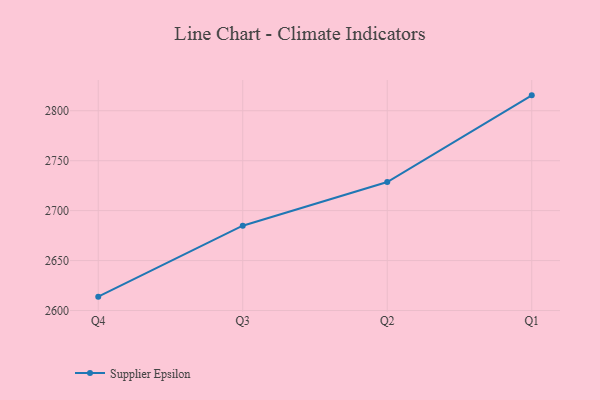
{"axis": {"x": "Quarter", "y": "Waste Production (Tons)"}, "legend": ["Supplier Epsilon"], "data": [{"x": "Q4", "y": 2613.9, "type": "Supplier Epsilon"}, {"x": "Q3", "y": 2684.9, "type": "Supplier Epsilon"}, {"x": "Q2", "y": 2728.6, "type": "Supplier Epsilon"}, {"x": "Q1", "y": 2815.4, "type": "Supplier Epsilon"}]}